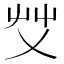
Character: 𰰞